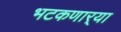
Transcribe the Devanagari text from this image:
भटकणार्‍या